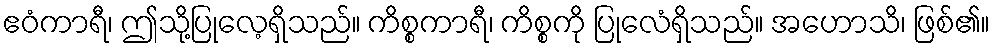
ဧဝံကာရီ၊ ဤသို့ပြုလေ့ရှိသည်။ ကိစ္စကာရီ၊ ကိစ္စကို ပြုလေံရှိသည်။ အဟောသိ၊ ဖြစ်၏။